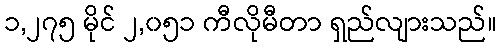
၁,၂၇၅ မိုင် ၂,၀၅၁ ကီလိုမီတာ ရှည်လျားသည်။